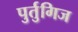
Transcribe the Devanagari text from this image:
पुर्तुगिज